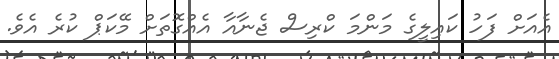
އެއަށް ފަހު ކައިލީގެ މަންމަ ކްރިސް ޖެނާއާ އެއްގޮތަށް މޭކަޕް ކުރެ އެވެ.